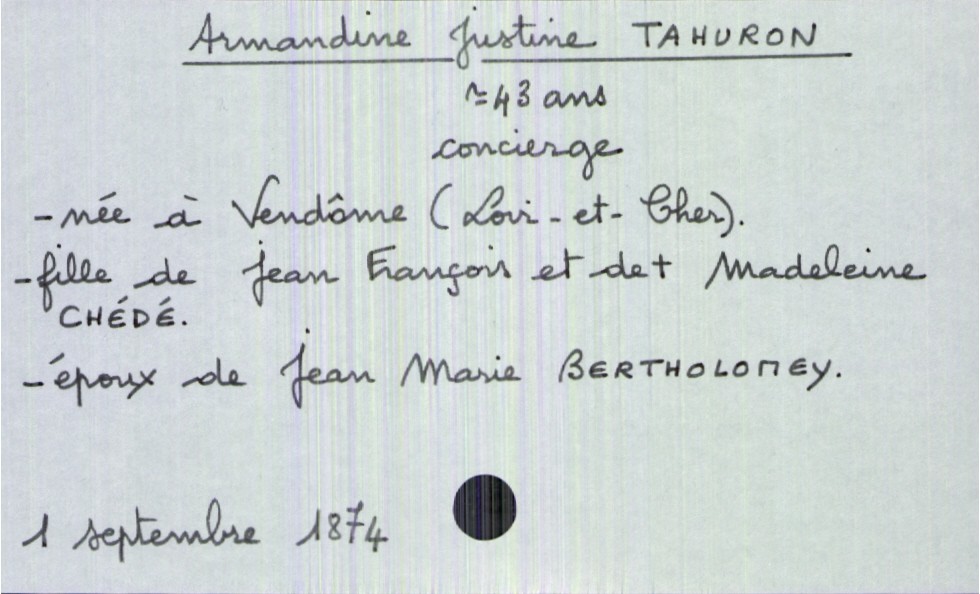
type_acte: Décès
année: 1874
mois: septembre
jour: 1
défunt_nom: Tahuron
défunt_prénom: Armandine Justine
défunt_sexe: F
défunt_âge: 43 ans
défunt_profession: concierge
défunt_lieu_de_naissance: Vendôme (Loir-et-Cher)
défunt_statut: marié(e)
père_défunt_nom: Tahuron
père_défunt_prénom: Jean François
mère_défunt_nom: Chédé
mère_défunt_prénom: Madeleine